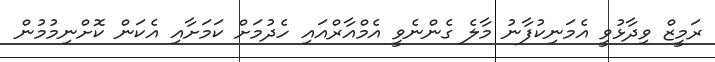
ރަމީޒް ވިދާޅުވީ އެމަނިކުފާނު މާލެ ގެންނެވީ އެމްއާރްއައި ހެދުމަށް ކަމަށާއި އެކަން ކޮށްނިމުމުން